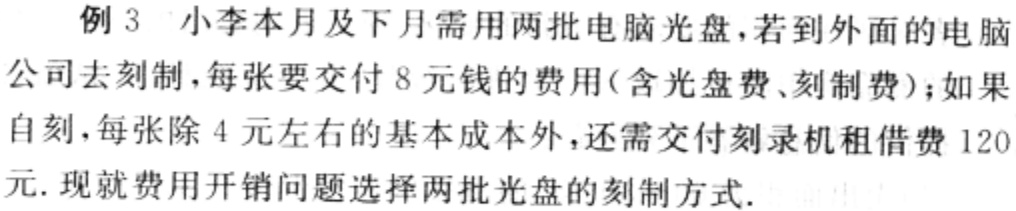
例 3 小李本月及下月需用两批电脑光盘，若到外面的电脑公司去刻制，每张要交付 8 元钱的费用(含光盘费、刻制费)；如果自刻，每张除 4 元左右的基本成本外，还需交付刻录机租借费 120 元. 现就费用开销问题选择两批光盘的刻制方式.